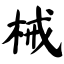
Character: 械